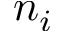
n _ { i }